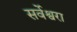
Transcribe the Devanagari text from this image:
सर्वेश्वरा